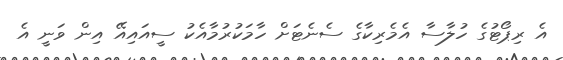
އެ ރިޕޯޓުގެ ހުލާސާ އެމެރިކާގެ ސެނެޓަށް ހާމަކުރުމާއެކު ސީއައިއޭ އިން ވަނީ އެ